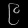
Digit: ၉